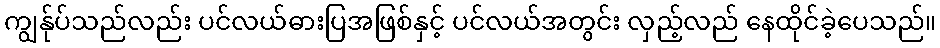
ကျွန်ုပ်သည်လည်း ပင်လယ်ဓားပြအဖြစ်နှင့် ပင်လယ်အတွင်း လှည့်လည် နေထိုင်ခဲ့ပေသည်။